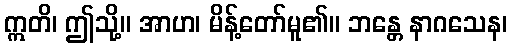
ဣတိ၊ ဤသို့။ အာဟ၊ မိန့်တော်မူ၏။ ဘန္တေ နာဂသေန၊